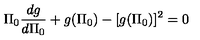
\Pi _ { 0 } \frac { d g } { d \Pi _ { 0 } } + g ( \Pi _ { 0 } ) - [ g ( \Pi _ { 0 } ) ] ^ { 2 } = 0